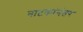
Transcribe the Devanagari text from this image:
नाटकांनंतर